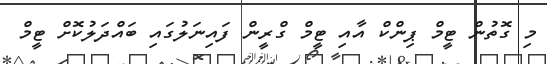
މި ގޮތުން ޓީމް ޕިންކް އާއި ޓީމް ގްރީން ފައިނަލުގައި ބައްދަލުކޮށް ޓީމް